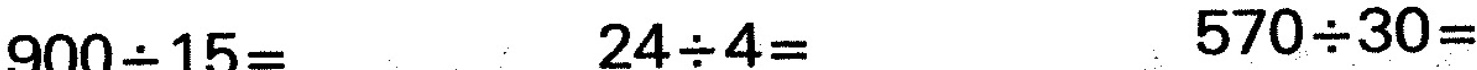
$$9 0 0 {\div} 1 5 =$$ $$2 4 {\div} 4 =$$ $$5 7 0 {\div} 3 0 =$$